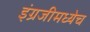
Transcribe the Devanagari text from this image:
इंग्रजीमध्येच